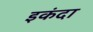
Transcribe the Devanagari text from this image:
इकंदा